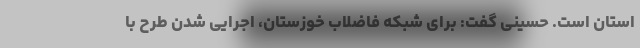
استان است. حسینی گفت: برای شبکه فاضلاب خوزستان، اجرایی شدن طرح با